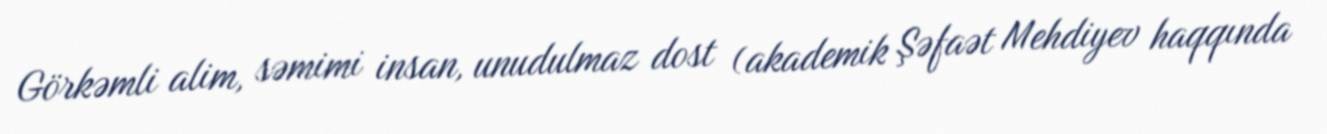
Görkəmli alim, səmimi insan, unudulmaz dost (akademik Şəfaət Mehdiyev haqqında